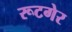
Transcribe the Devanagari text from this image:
रूटगेर